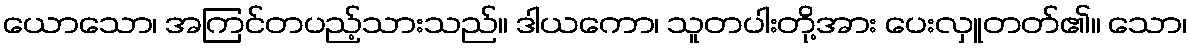
ယောသော၊ အကြင်တပည့်သားသည်။ ဒါယကော၊ သူတပါးတို့အား ပေးလှူတတ်၏။ သော၊